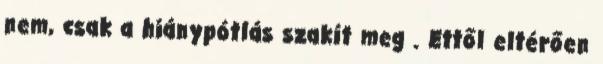
nem, csak a hiánypótlás szakít meg . Ettől eltérően